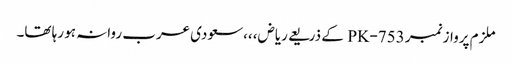
ملزم پرواز نمبر PK-753 کے ذریعے ریاض،،،سعودی عرب روانہ ہو رہا تھا۔